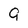
Character: 9